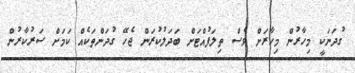
ގުދަނަކީ މިހާރުން މިހާރަށް ވެސް ތިލަފުއްޓަށް ބަދަލުކުރަން ޖެހޭ ގުދަންތަކެއް ކަމަށް ސަރުކާރުން